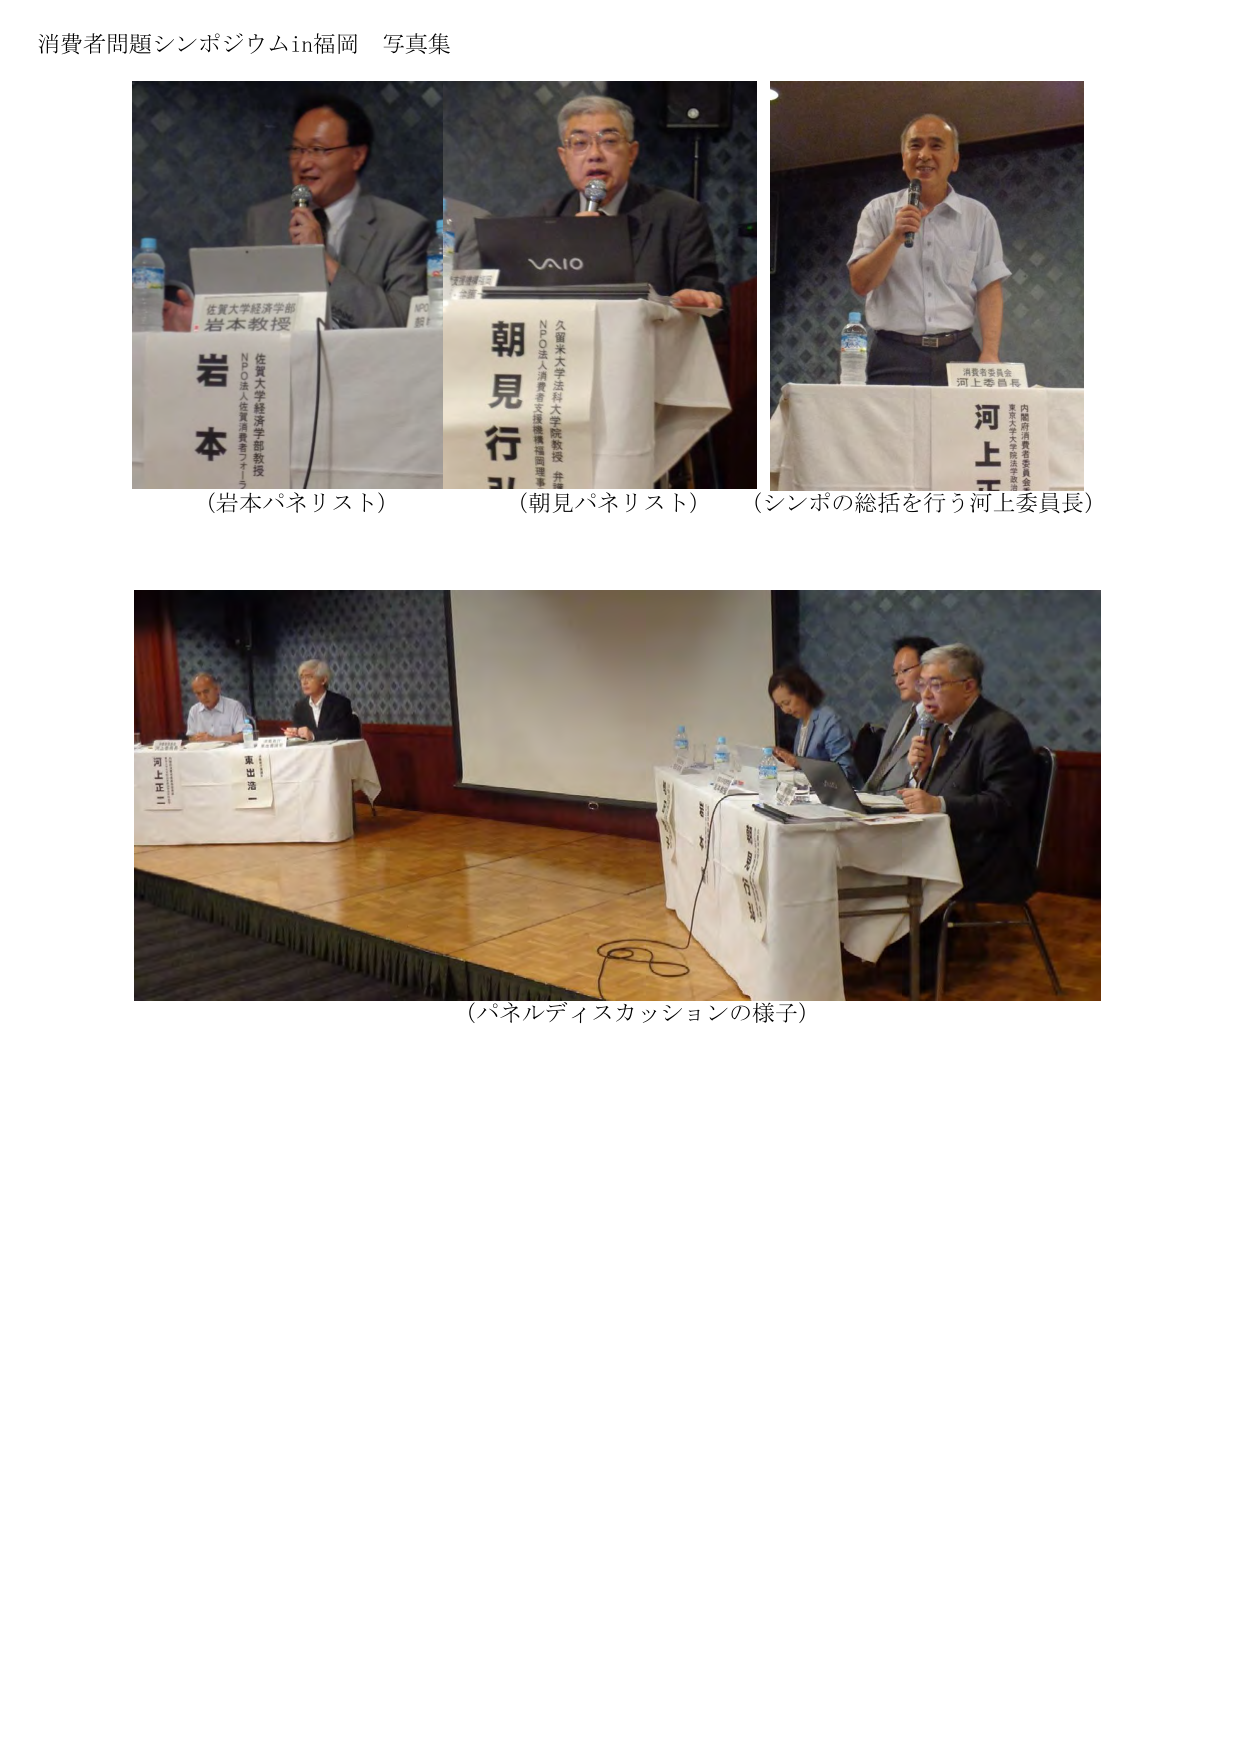
消費者問題シンポジウムin福岡 写真集

佐賀大学経済学部
岩本教授
岩本
NPO法人 佐賀消費者プラザ
佐賀大学経済学部教授

VAIO

朝見行弘
久留米大学法科大学院教授
NPO法人消費者支援機構理事

消費者委員会
河上委員長
河上
内閣府消費者委員会
東京大学大学院法学政治学研究科教授

（岩本パネリスト）
（朝見パネリスト）
（シンポの総括を行う河上委員長）

東出浩一
河上

（パネルディスカッションの様子）